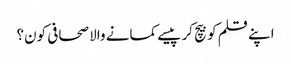
اپنے قلم کو بیچ کر پیسے کمانے والا صحافی کون؟